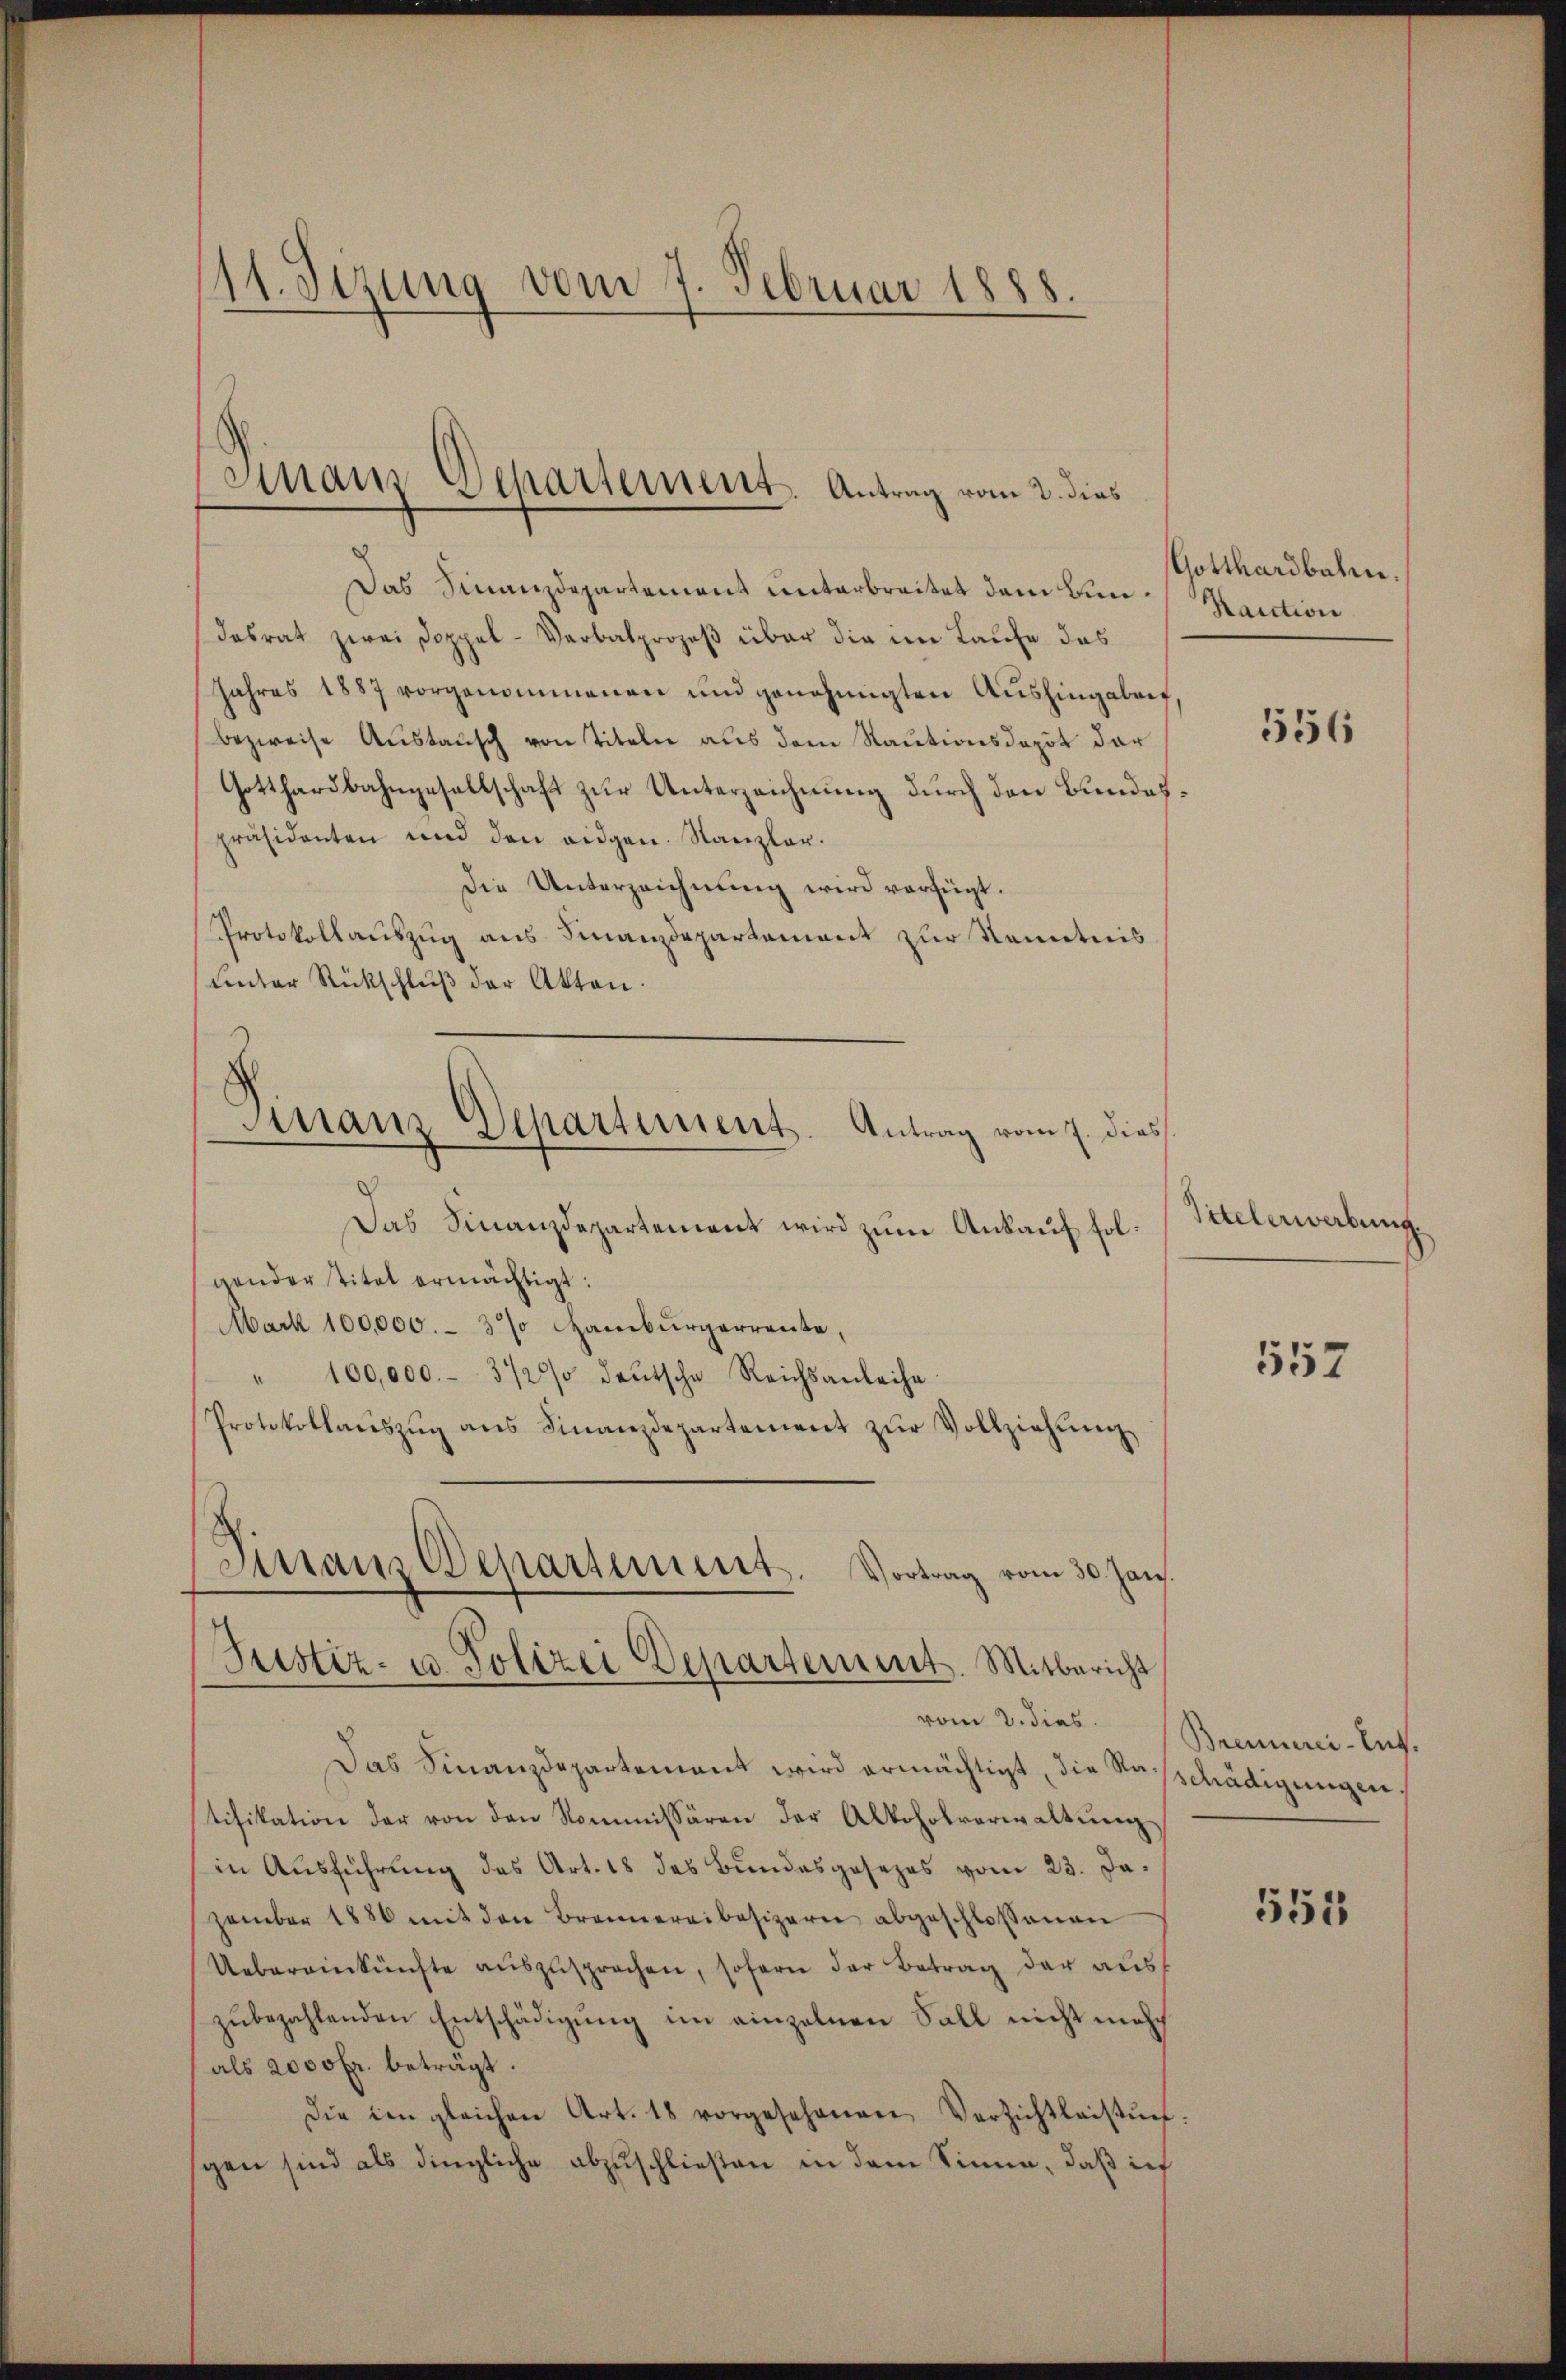
11. Sizung vom 7. Februar 1888.

Das Finanzdepartement unterbreitet dem kündasrat zwei Doppel-Verbalprozeß über die im Laufe das
Jahres 1887 vorgenommenen und genehmigten Aushingaben
bezweise Austausch von Titeln aus dem Rautionsdepot der
Gotthardbahngesellschaft zur Unterzeichnung durch den Bundespräsidenten und den eidgen. Kanzler.
Die Unterzeichnung wird verfügt.
Protokollauszug aus Finanzdepartement zur Kenntnis
uinter Rückschluß der Akten.
Finanz Departement. Vortrag vom 30. Jan.
Justiz- u. Polizei Departement. Mitbericht
vom 2. dies
Das Finanzdepartement wird ermächtigt, die Neschädigungen.
tifikation der von den Kommissären der Alkoholverwaltŭng
in Ausführung des Art. 18 des Bundesgesezes vom 23. Jazember 1886 mit den Brannereibesizerin abgeschlossenen
Uebereinkünfte auszusprochen, sofern der Betrag der auss
zŭbezahlenden Entschädigŭng im einzelnen Sall nicht mehr
als 2000 fr. beträgt.
Die im gleichen Art. 18 vorgesehenen Verzichtleistŭng:
gen sind als dingliche abzuschließen in dem Sinne, daß ich

Sinaus Departement. Antrag vom 2. dies

Finanz-Departement. Antrag vom 7. dies
Das Finanzdepartement wird zum Ankauf folgender Titel ermächtigt:
Mark 100,000.- 3% Hamburgerrente,
100,000.- 372% deŭtsche Reichsanleihe
Protokollaŭszŭg ans Finanzdepartement zŭr Vollziehŭng

Gotthardbahn.
Kaution

556

Titelerwerbung.

557

Brennerei-Ent.

555